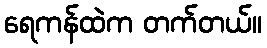
ရေကန်ထဲက တက်တယ်။